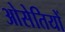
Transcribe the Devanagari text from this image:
ओसेतियों